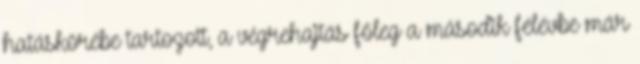
hatáskörébe tartozott, a végrehajtás főleg a második félévbe már